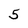
Character: 5